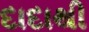
દાદાથી